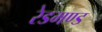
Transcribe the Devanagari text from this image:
रेडमण्ड